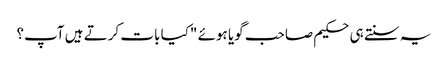
یہ سنتے ہی حکیم صاحب گویا ہوئے "کیا بات کرتے ہیں آپ؟